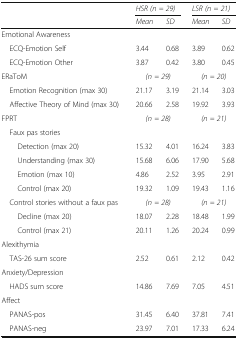
| <ROWSPAN=2-COLSPAN=2>  | <COLSPAN=2> HSR (n = 29) | <COLSPAN=2> LSR (n = 21) |
 | Mean | SD | Mean | SD |
 | --- | --- | --- | --- | --- | --- |
 | <COLSPAN=6> Emotional Awareness |
 | <COLSPAN=2> ECQ-Emotion Self | 3.44 | 0.68 | 3.89 | 0.62 |
 | <COLSPAN=2> ECQ-Emotion Other | 3.87 | 0.42 | 3.80 | 0.45 |
 | <COLSPAN=2> ERaToM | <COLSPAN=2> (n = 29) | <COLSPAN=2> (n = 20) |
 | <COLSPAN=2> Emotion Recognition (max 30) | 21.17 | 3.19 | 21.14 | 3.03 |
 | <COLSPAN=2> Affective Theory of Mind (max 30) | 20.66 | 2.58 | 19.92 | 3.93 |
 | <COLSPAN=2> FPRT | <COLSPAN=2> (n = 28) | <COLSPAN=2> (n = 21) |
 | <COLSPAN=6> Faux pas stories |
 | <COLSPAN=2> Detection (max 20) | 15.32 | 4.01 | 16.24 | 3.83 |
 | <COLSPAN=2> Understanding (max 30) | 15.68 | 6.06 | 17.90 | 5.68 |
 | <COLSPAN=2> Emotion (max 10) | 4.86 | 2.52 | 3.95 | 2.91 |
 | <COLSPAN=2> Control (max 20) | 19.32 | 1.09 | 19.43 | 1.16 |
 | <COLSPAN=2> Control stories without a faux pas | <COLSPAN=2> (n = 28) | <COLSPAN=2> (n = 21) |
 | <COLSPAN=2> Decline (max 20) | 18.07 | 2.28 | 18.48 | 1.99 |
 | <COLSPAN=2> Control (max 21) | 20.11 | 1.26 | 20.24 | 0.99 |
 | <COLSPAN=6> Alexithymia |
 | <COLSPAN=2> TAS-26 sum score | 2.52 | 0.61 | 2.12 | 0.42 |
 | <COLSPAN=2> Anxiety/Depression |  |  |  |  |
 | <COLSPAN=2> HADS sum score | 14.86 | 7.69 | 7.05 | 4.51 |
 | <COLSPAN=2> Affect |  |  |  |  |
 | <COLSPAN=2> PANAS-pos | 31.45 | 6.40 | 37.81 | 7.41 |
 | <COLSPAN=2> PANAS-neg | 23.97 | 7.01 | 17.33 | 6.24 |